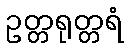
ဥတ္တရုတ္တရံ